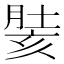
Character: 𰮵